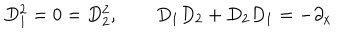
D _ { 1 } ^ { 2 } = 0 = D _ { 2 } ^ { 2 } , \qquad D _ { 1 } D _ { 2 } + D _ { 2 } D _ { 1 } = - \partial _ { x }